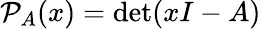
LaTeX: \mathcal{P}_{A}(x)=\det(xI-A)